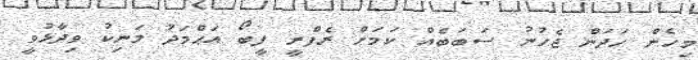
މިހެން ހަދަން ޖެހުނު ސަބަބެއް ކަމަށް ރެފްރީ ފީބޯ އަޙްމަދު މަނިކު ވިދާޅުވީ